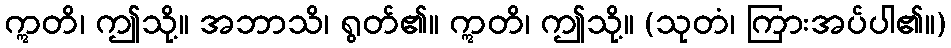
ဣတိ၊ ဤသို့။ အဘာသိ၊ ရွတ်၏။ ဣတိ၊ ဤသို့။ (သုတံ၊ ကြားအပ်ပါ၏။)